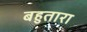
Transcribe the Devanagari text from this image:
बहुतारा